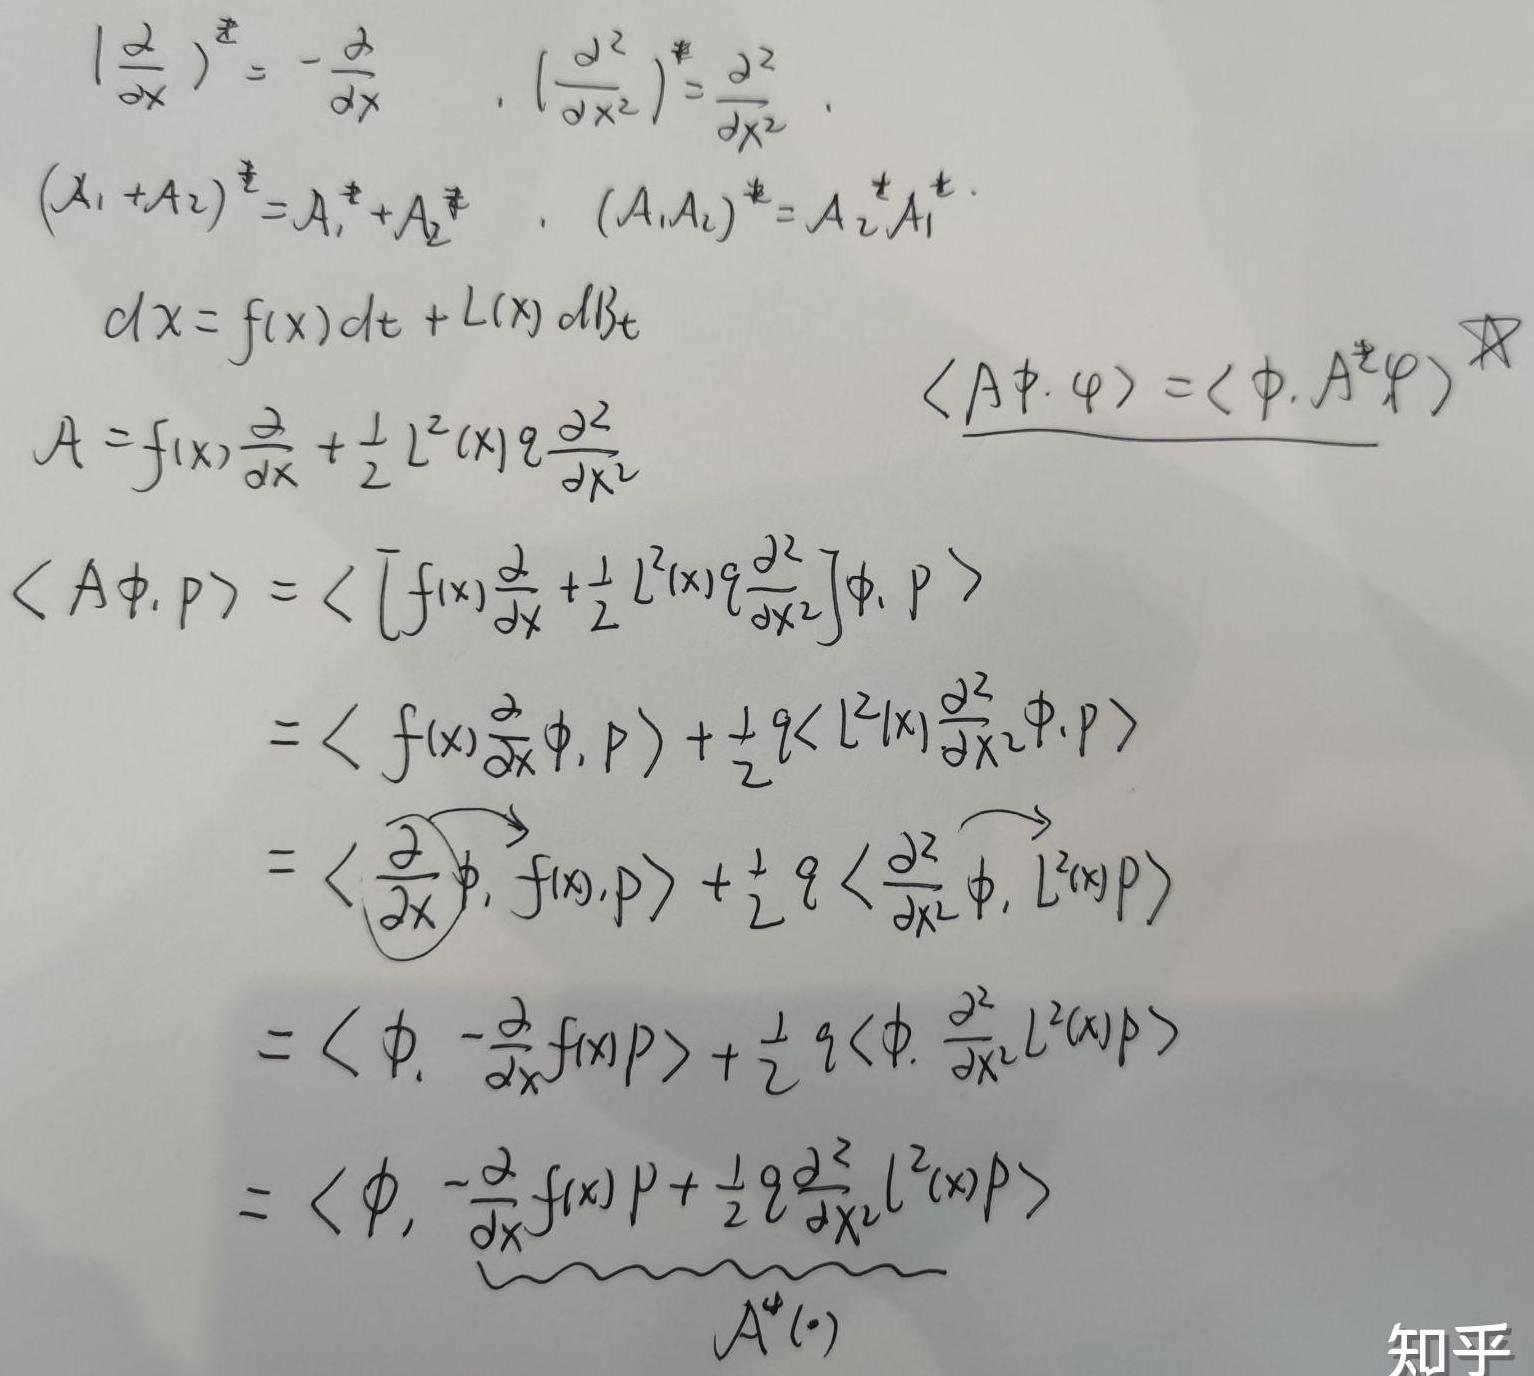
\[
\begin{align*}
\left(\frac{\partial}{\partial x}\right)^{\dagger}&=-\frac{\partial}{\partial x},\quad\left(\frac{\partial^{2}}{\partial x^{2}}\right)^{\dagger}=\frac{\partial^{2}}{\partial x^{2}}\\
(A_1 + A_2)^{\dagger}&=A_1^{\dagger}+A_2^{\dagger},\quad(A_1A_2)^{\dagger}=A_2^{\dagger}A_1^{\dagger}\\
dx&=f(x)dt + L(x)dB_t\\
A&=f(x)\frac{\partial}{\partial x}+\frac{1}{2}L^{2}(x)q\frac{\partial^{2}}{\partial x^{2}}\\
\langle A\phi,\varphi\rangle&=\langle\phi,A^{\dagger}\varphi\rangle\\
\langle A\phi,p\rangle&=\left\langle\left[f(x)\frac{\partial}{\partial x}+\frac{1}{2}L^{2}(x)q\frac{\partial^{2}}{\partial x^{2}}\right]\phi,p\right\rangle\\
&=\left\langle f(x)\frac{\partial}{\partial x}\phi,p\right\rangle+\frac{1}{2}q\left\langle L^{2}(x)\frac{\partial^{2}}{\partial x^{2}}\phi,p\right\rangle\\
&=\left\langle\frac{\partial}{\partial x}\phi,f(x)p\right\rangle+\frac{1}{2}q\left\langle\frac{\partial^{2}}{\partial x^{2}}\phi,L^{2}(x)p\right\rangle\\
&=\left\langle\phi,-\frac{\partial}{\partial x}f(x)p\right\rangle+\frac{1}{2}q\left\langle\phi,\frac{\partial^{2}}{\partial x^{2}}L^{2}(x)p\right\rangle\\
&=\left\langle\phi,-\frac{\partial}{\partial x}f(x)p+\frac{1}{2}q\frac{\partial^{2}}{\partial x^{2}}L^{2}(x)p\right\rangle\\
&=\langle\phi,A^{\dagger}(\cdot)\rangle
\end{align*}
\]